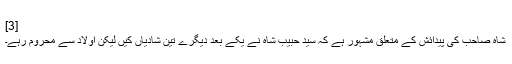
[3]
شاہ صاحب کی پیدائش کے متعلق مشہور ہے کہ سید حبیب شاہ نے یکے بعد دیگرے تین شادیاں کیں لیکن اولاد سے محروم رہے۔